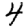
Digit: 4